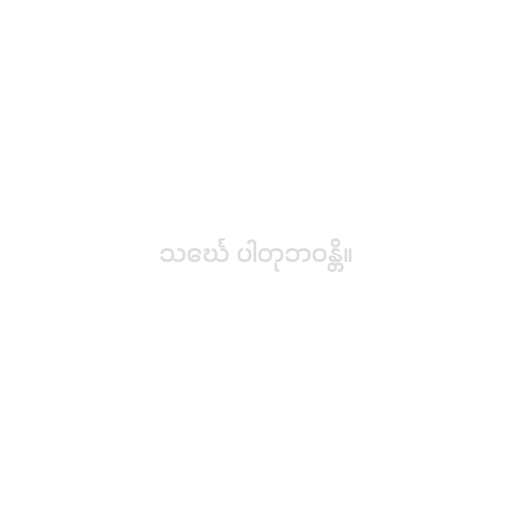
သင်္ဃေ ပါတုဘဝန္တိ။